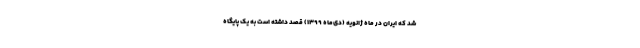
شد که ایران در ماه ژانویه (دی‌‌ماه ۱۳۹۹) قصد داشته است به یک پایگاه